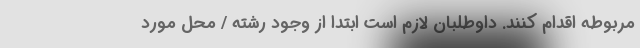
مربوطه اقدام کنند. داوطلبان لازم است ابتدا از وجود رشته / محل مورد